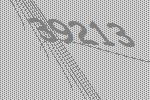
39213